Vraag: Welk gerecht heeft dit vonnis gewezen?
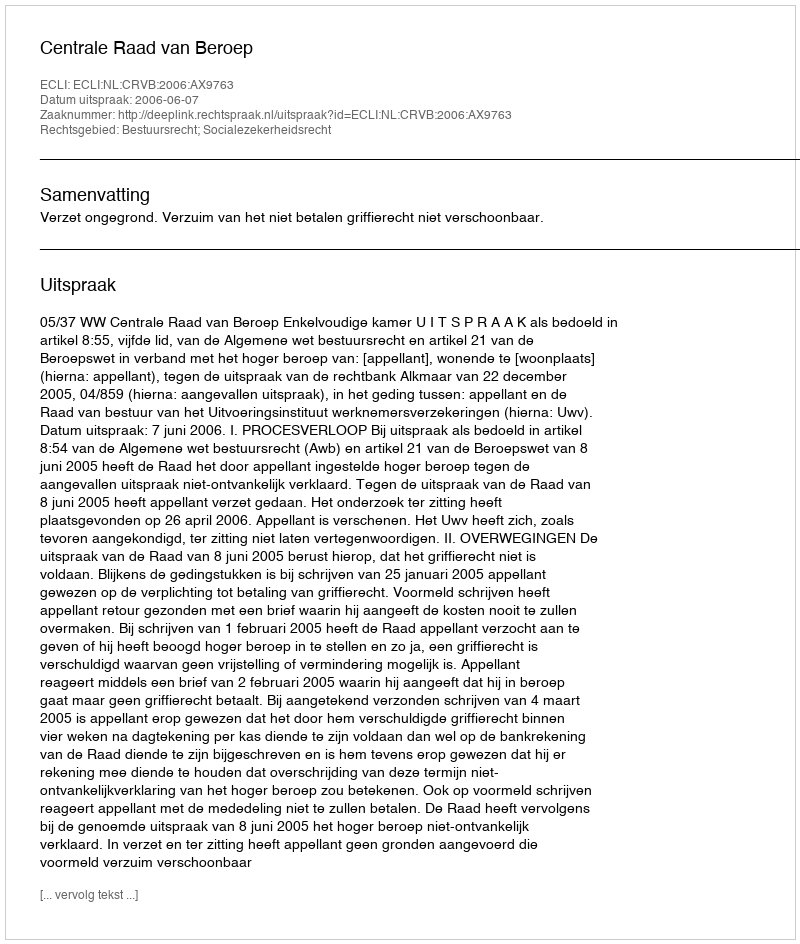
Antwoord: Centrale Raad van Beroep